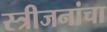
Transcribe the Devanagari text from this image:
स्त्रीजनांचा